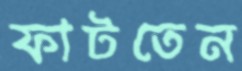
ফাটতেন